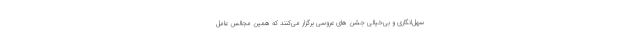
سهل‌انگاری و بی‌خیالی جشن های عروسی برگزار می‌کنند که همین مجالس عامل